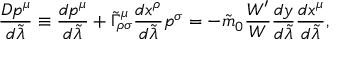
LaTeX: { \frac { D p ^ { \mu } } { d \tilde { \lambda } } } \equiv { \frac { d p ^ { \mu } } { d \tilde { \lambda } } } + \tilde { \Gamma } _ { \rho \sigma } ^ { \mu } { \frac { d x ^ { \rho } } { d \tilde { \lambda } } } p ^ { \sigma } = - \tilde { m } _ { 0 } { \frac { { \cal W } ^ { \prime } } { \cal W } } { \frac { d y } { d \tilde { \lambda } } } { \frac { d x ^ { \mu } } { d \tilde { \lambda } } } ,